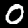
Label: 0